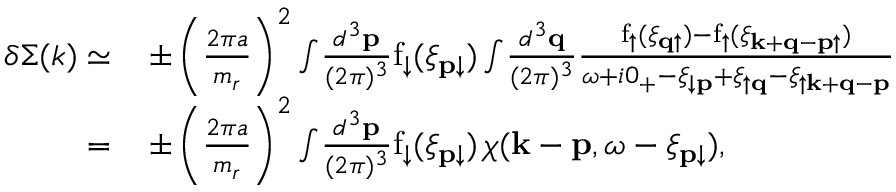
\begin{array} { r l } { \delta \Sigma ( k ) \simeq } & { \, \pm \left( \frac { 2 \pi a } { m _ { r } } \right) ^ { 2 } \int \! \frac { d ^ { 3 } \mathbf { p } } { ( 2 \pi ) ^ { 3 } } \mathrm { f } _ { \downarrow } ( \xi _ { \mathbf { p } \downarrow } ) \int \! \frac { d ^ { 3 } \mathbf { q } } { ( 2 \pi ) ^ { 3 } } \frac { \mathrm { f } _ { \uparrow } ( \xi _ { \mathbf { q } \uparrow } ) - \mathrm { f } _ { \uparrow } ( \xi _ { \mathbf { k } + \mathbf { q } - \mathbf { p } \uparrow } ) } { \omega + i 0 _ { + } - \xi _ { \downarrow \mathbf { p } } + \xi _ { \uparrow \mathbf { q } } - \xi _ { \uparrow \mathbf { k } + \mathbf { q } - \mathbf { p } } } } \\ { = } & { \, \pm \left( \frac { 2 \pi a } { m _ { r } } \right) ^ { 2 } \int \! \frac { d ^ { 3 } \mathbf { p } } { ( 2 \pi ) ^ { 3 } } \mathrm { f } _ { \downarrow } ( \xi _ { \mathbf { p } \downarrow } ) \, \chi ( \mathbf { k } - \mathbf { p } , \omega - \xi _ { \mathbf { p } \downarrow } ) , } \end{array}